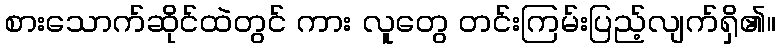
စားသောက်ဆိုင်ထဲတွင် ကား လူတွေ တင်းကြမ်းပြည့်လျက်ရှိ၏။